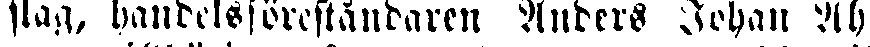
slag, handelsföreståndaren Anders Johan Ah